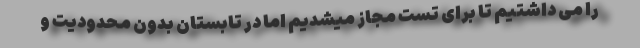
را می داشتیم تا برای تست مجاز میشدیم اما در تابستان بدون محدودیت و